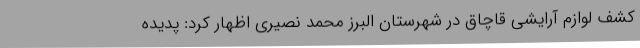
کشف لوازم‌ آرایشی قاچاق در شهرستان البرز محمد نصیری اظهار کرد: پدیده